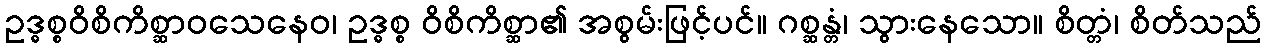
ဥဒ္ဓစ္စဝိစိကိစ္ဆာဝသေနေဝ၊ ဥဒ္ဓစ္စ ဝိစိကိစ္ဆာ၏ အစွမ်းဖြင့်ပင်။ ဂစ္ဆန္တံ၊ သွားနေသော။ စိတ္တံ၊ စိတ်သည်